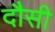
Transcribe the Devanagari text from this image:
दौसी